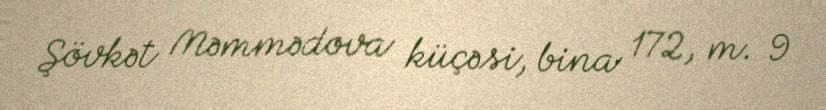
Şövkət Məmmədova küçəsi, bina 172, m. 9